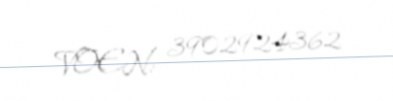
VOEN: 3902924362